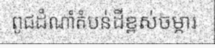
ពូជដំណាំតំបន់ដីខ្ពស់ចម្ការ